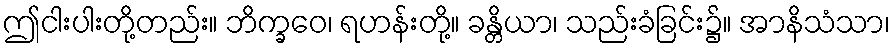
ဤငါးပါးတို့တည်း။ ဘိက္ခဝေ၊ ရဟန်းတို့။ ခန္တိယာ၊ သည်းခံခြင်း၌။ အာနိသံသာ၊